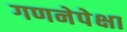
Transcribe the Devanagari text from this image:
गणनेपेक्षा